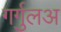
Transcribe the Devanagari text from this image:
गर्गुलअ